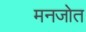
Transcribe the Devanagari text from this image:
मनजोत